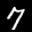
Label: 7